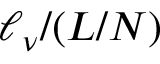
\ell _ { \nu } / ( L / N )